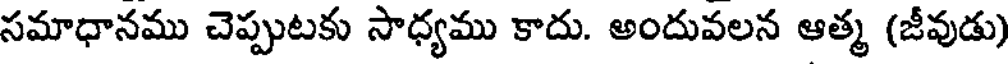
సమాధానము చెప్పుటకు సాధ్యము కాదు. అందువలన ఆత్మ (జీవుడు)